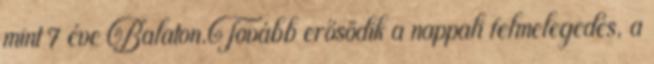
mint 7 éve Balaton.Tovább erősödik a nappali felmelegedés, a